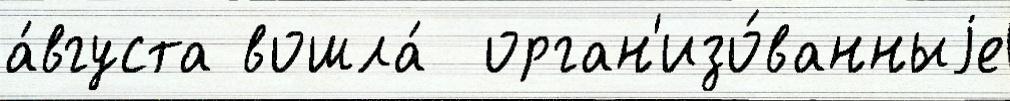
а́вгуста вошла́  орган'изо́ванныjе